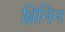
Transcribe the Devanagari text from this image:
ब्रिनिन